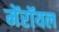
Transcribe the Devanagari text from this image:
मेंरॉयल